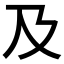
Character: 及